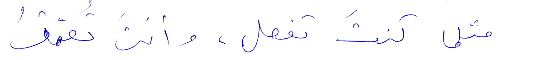
مثل كنتَ تفعل، وانتَ تعمّقُ